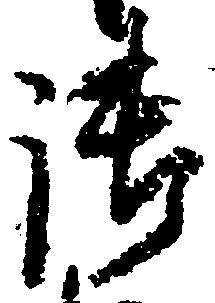
御